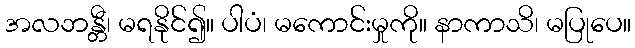
အလဘန္တီ၊ မရနိုင်၍။ ပါပံ၊ မကောင်းမှုကို။ နာကာသိ၊ မပြုပေ။